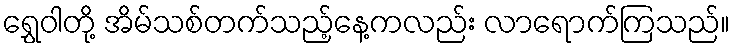
ရွှေဝါတို့ အိမ်သစ်တက်သည့်နေ့ကလည်း လာရောက်ကြသည်။